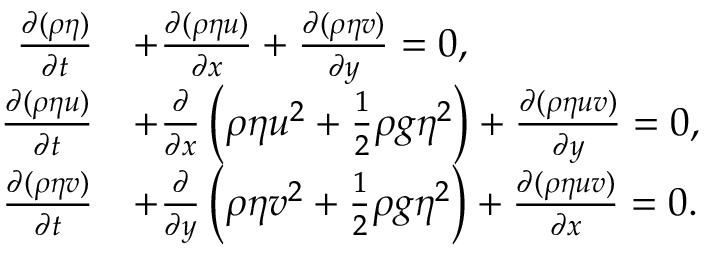
{ \begin{array} { r l } { { \frac { \partial ( \rho \eta ) } { \partial t } } } & { + { \frac { \partial ( \rho \eta u ) } { \partial x } } + { \frac { \partial ( \rho \eta v ) } { \partial y } } = 0 , } \\ { { \frac { \partial ( \rho \eta u ) } { \partial t } } } & { + { \frac { \partial } { \partial x } } \left( \rho \eta u ^ { 2 } + { \frac { 1 } { 2 } } \rho g \eta ^ { 2 } \right) + { \frac { \partial ( \rho \eta u v ) } { \partial y } } = 0 , } \\ { { \frac { \partial ( \rho \eta v ) } { \partial t } } } & { + { \frac { \partial } { \partial y } } \left( \rho \eta v ^ { 2 } + { \frac { 1 } { 2 } } \rho g \eta ^ { 2 } \right) + { \frac { \partial ( \rho \eta u v ) } { \partial x } } = 0 . } \end{array} }